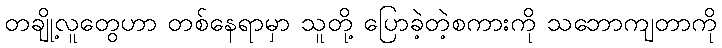
တချို့လူတွေဟာ တစ်နေရာမှာ သူတို့ ပြောခဲ့တဲ့စကားကို သဘောကျတာကို